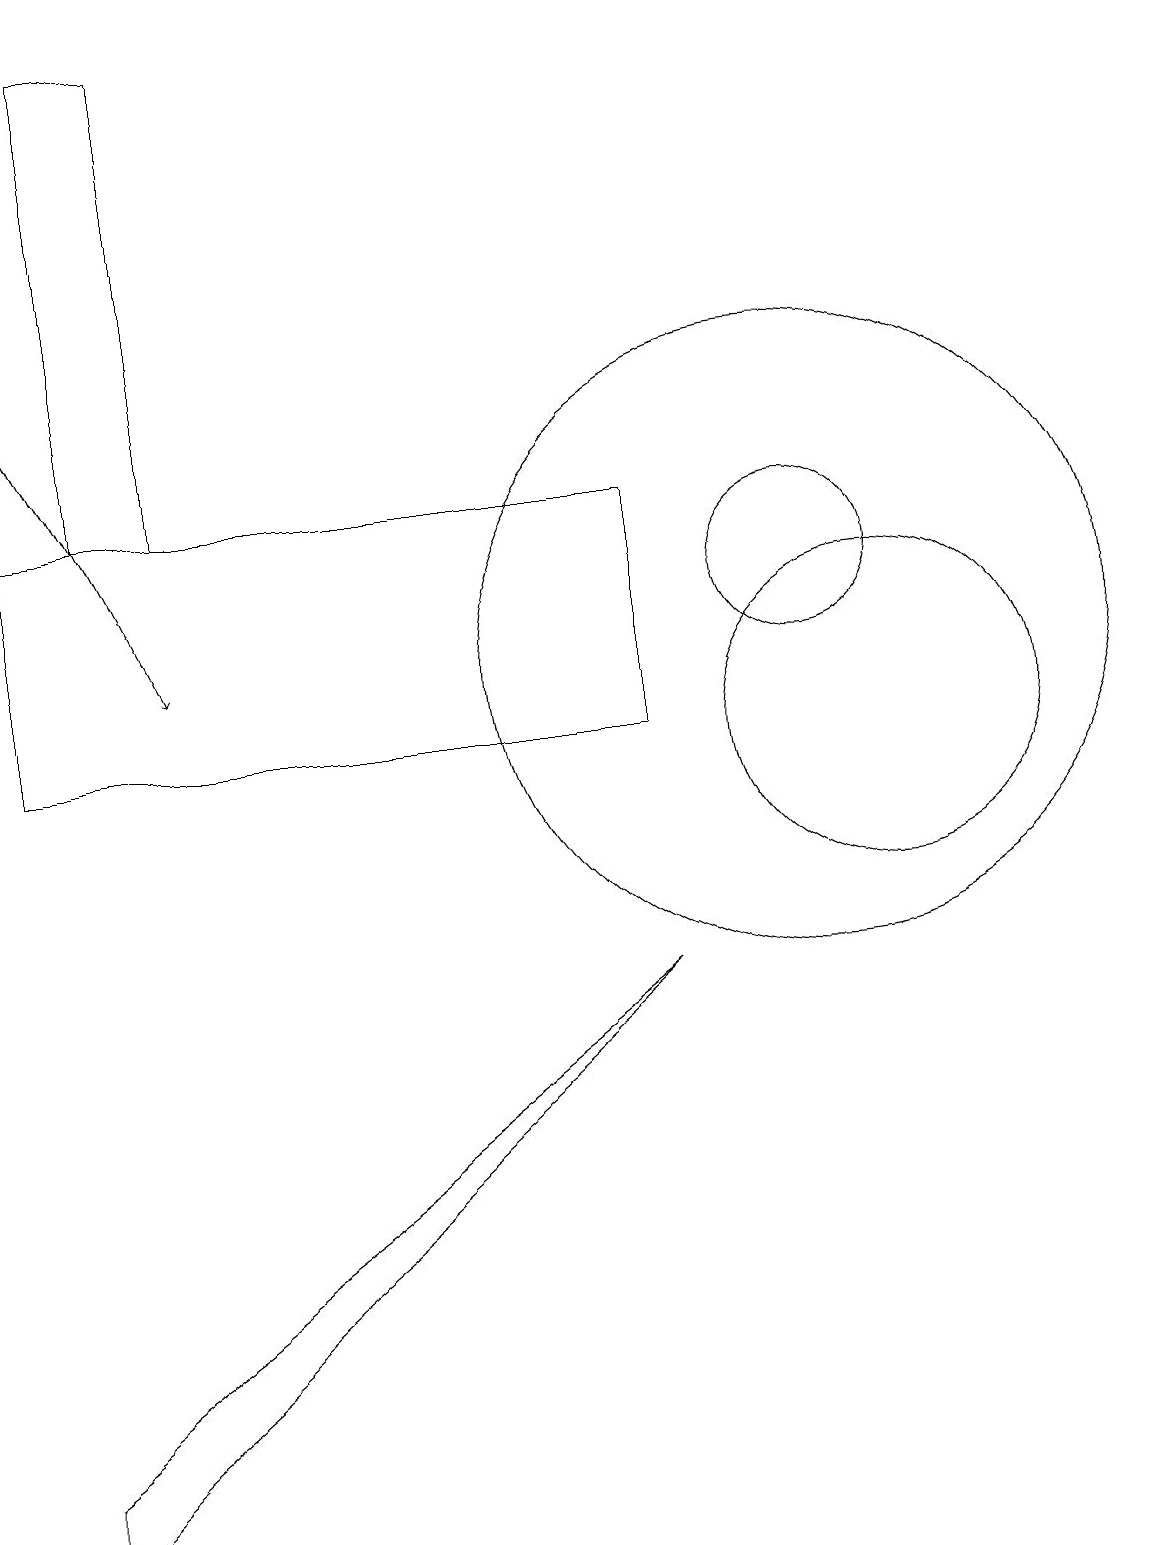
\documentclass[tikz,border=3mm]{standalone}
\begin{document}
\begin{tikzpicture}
\draw (1,13) rectangle (2,19);
\draw (0,1) -- (0,0) -- (8,7) -- cycle;
\draw[->] (0,15) -- (2,11);
\draw (11,10) circle (2);
\draw (10,11) circle (4);
\draw (0,13) rectangle (8,10);
\draw (10,12) circle (1);
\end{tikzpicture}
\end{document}